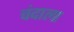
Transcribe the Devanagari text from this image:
चंदाला